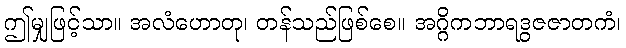
ဤမျှဖြင့်သာ။ အလံဟောတု၊ တန်သည်ဖြစ်စေ။ အဂ္ဂိကဘာရဒွဇဇာတကံ၊